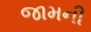
જામની